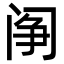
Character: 䦶